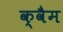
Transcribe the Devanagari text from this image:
क्वैम